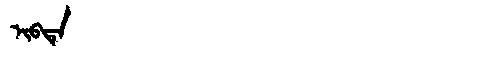
Manchu: ᡳᠪᡨᡝ
Romanization: IBTE